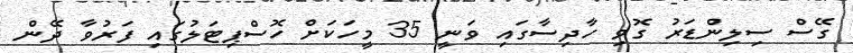
ގޭސް ސިލިންޑަރު ގޮވި ހާދިސާގައި ވަނީ 35 މީހަކަށް ހޮސްޕިޓަލުގައި ފަރުވާ ދޭން